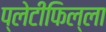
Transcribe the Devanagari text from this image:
प्लेटीफिल्ला